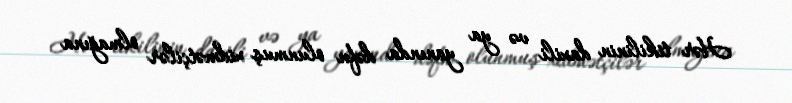
Hər tikilinin daxili və ya yanında dəfn olunmuş xidmətçilər olmağına